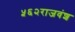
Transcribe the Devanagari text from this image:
५६२राजवंश